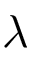
\lambda